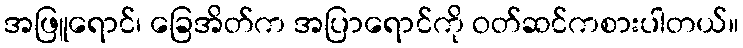
အဖြူရောင်၊ ခြေအိတ်က အပြာရောင်ကို ဝတ်ဆင်ကစားပါတယ်။